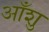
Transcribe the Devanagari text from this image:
आँशु